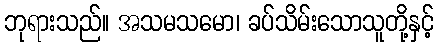
ဘုရားသည်။ အသမသမော၊ ခပ်သိမ်းသောသူတို့နှင့်